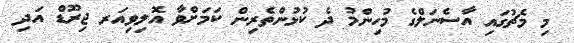
މި މެޗުގައި އާސެނަލްގެ މުހިންމު ދެ ކުޅުންތެރިން ކަމަށްވާ އޮލިވިއަރ ޖިރޫޑް އަދި